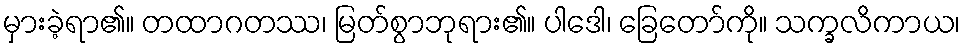
မှားခဲ့ရာ၏။ တထာဂတဿ၊ မြတ်စွာဘုရား၏။ ပါဒေါ၊ ခြေတော်ကို။ သက္ခလိကာယ၊